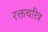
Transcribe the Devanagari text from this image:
रक्तचरित्र